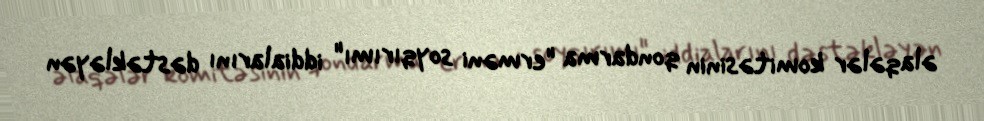
əlaqələr komitəsinin qondarma "erməni soyqırımı" iddialarını dəstəkləyən